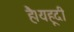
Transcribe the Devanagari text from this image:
है।यहूदी